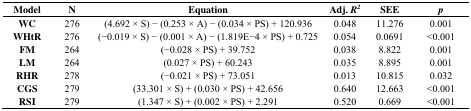
| Model | N | Equation | Adj. R2 | SEE | p |
 | --- | --- | --- | --- | --- | --- |
 | WC | 276 | (4.692 × S) − (0.253 × A) − (0.034 × PS) + 120.936 | 0.048 | 11.276 | 0.001 |
 | WHtR | 276 | (−0.019 × S) − (0.001 × A) − (1.819E−4 × PS) + 0.725 | 0.054 | 0.0691 | <0.001 |
 | FM | 264 | (−0.028 × PS) + 39.752 | 0.038 | 8.822 | 0.001 |
 | LM | 264 | (0.027 × PS) + 60.243 | 0.035 | 8.895 | 0.001 |
 | RHR | 278 | (−0.021 × PS) + 73.051 | 0.013 | 10.815 | 0.032 |
 | CGS | 279 | (33.301 × S) + (0.030 × PS) + 42.656 | 0.64 | 12.663 | <0.001 |
 | RSI | 279 | (1.347 × S) + (0.002 × PS) + 2.291 | 0.52 | 0.669 | <0.001 |